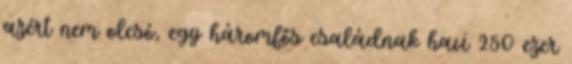
azért nem olcsó, egy háromfős családnak havi 250 ezer